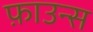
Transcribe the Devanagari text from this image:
फ़ाउन्स